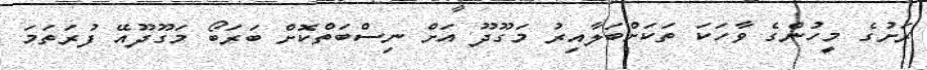
ރަށުގެ މީހުންގެ ވާހަކަ ތަކަށްބަލާއިރު މަގޫދޫ އަށް ނިސްބަތްކޮށް ބަރަބޯ މަގޫދޫއޭ ފުރަތަމަ